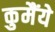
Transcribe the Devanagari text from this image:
कुमैंये